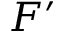
F ^ { \prime }